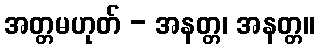
အတ္တမဟုတ် - အနတ္တ၊ အနတ္တ။